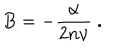
B = - \frac { \alpha } { 2 n \nu } ~ .